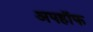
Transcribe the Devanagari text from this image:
अपहॉफ